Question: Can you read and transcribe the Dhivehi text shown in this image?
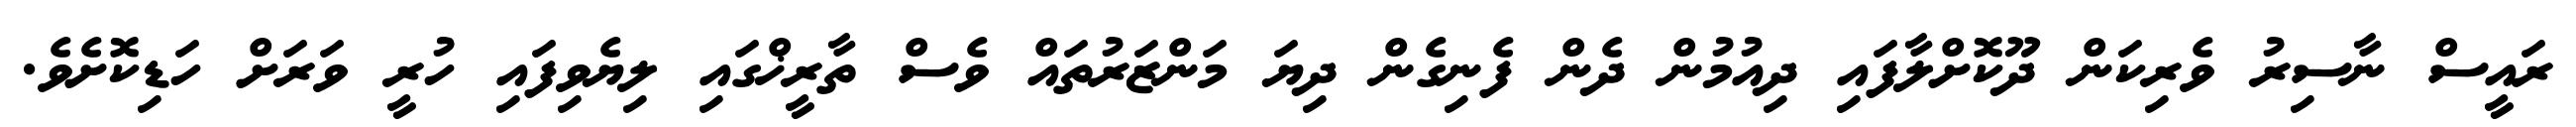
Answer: ރައީސް ނާސިރު ވެރިކަން ދޫކޮށްލާފައި ދިއުމުން ދެން ފެނިގެން ދިޔަ މަންޒަރުތައް ވެސް ތާރީޚްގައި ލިޔެވިފައި ހުރީ ވަރަށް ހަޑިކޮށެވެ.